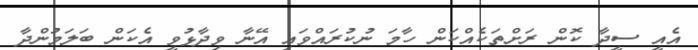
އެއީ ސީދާ ކޮން ރަށްތަކެއްކަން ހާމަ ނުކުރައްވައި އޭނާ ވިދާޅުވީ އެކަން ބަލަމުންދާ